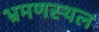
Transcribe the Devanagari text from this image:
भ्रमणस्‍थल